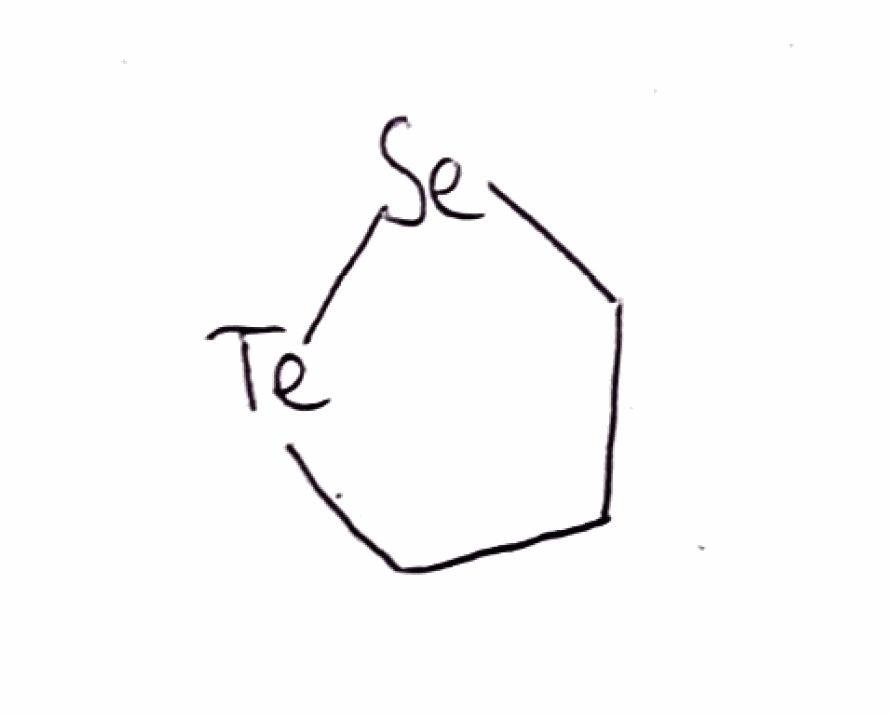
Simplified molecular-input line-entry system (SMILES) notation of the given molecule:
C1C[Se][Te]C1